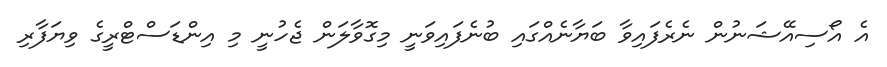
އެ އޯސިއޭޝަނުން ނެރެފައިވާ ބަޔާނެއްގައި ބުނެފައިވަނީ މިގޮވާލަން ޖެހުނީ މި އިންޑަސްޓްރީގެ ވިޔަފާރި